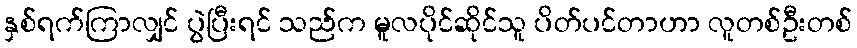
နှစ်ရက်ကြာလျှင် ပွဲပြီးရင် သည်က မူလပိုင်ဆိုင်သူ ပိတ်ပင်တာဟာ လူတစ်ဦးတစ်